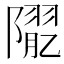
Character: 𨼉